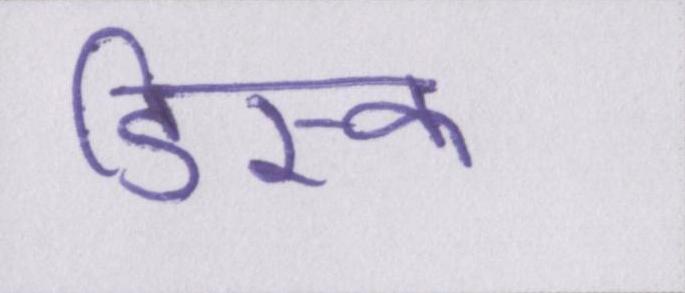
डिस्क